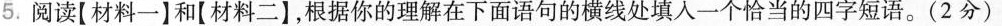
5.阅读【材料一】和【材料二】，根据你的理解在下面语句的横线处填入一个恰当的四字短语。(2分)